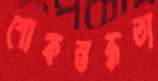
শোকস্তব্ধতা